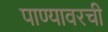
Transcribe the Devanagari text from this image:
पाण्यावरची